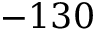
- 1 3 0